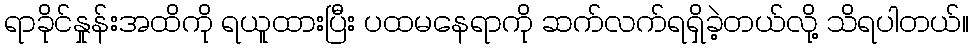
ရာခိုင်နှုန်းအထိကို ရယူထားပြီး ပထမနေရာကို ဆက်လက်ရရှိခဲ့တယ်လို့ သိရပါတယ်။